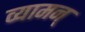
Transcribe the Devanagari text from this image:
व्यामन्